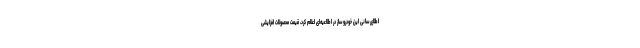
اطلاع‌رسانی این خودروساز در اطلاعیه‌ای اعلام کرد، قیمت محصولات افزایشی